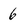
Character: 6